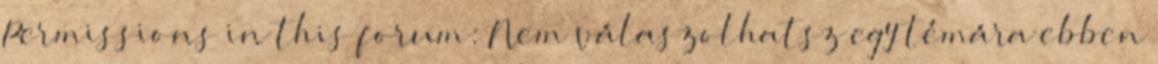
Permissions in this forum: Nem válaszolhatsz egy témára ebben